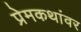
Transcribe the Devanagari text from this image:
प्रेमकथांवर